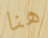
هنا